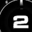
Digit: 2